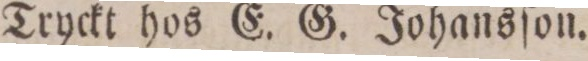
Tryckt hos E. G. Johansſon.